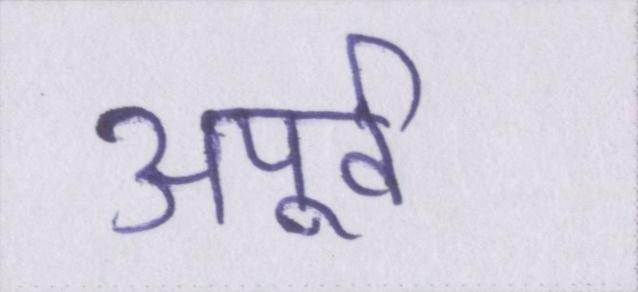
अपूर्व